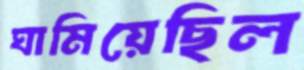
ঘামিয়েছিল